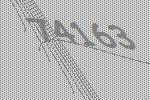
74163